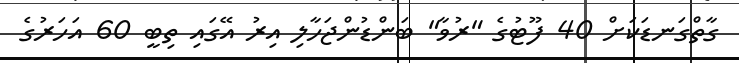
ގާތްގަނޑަކަށް 40 ފޫޓުގެ "ރުވާ" ބަންޑުންޖަހާލި އިރު އޭގައި ތިބީ 60 އަހަރުގެ